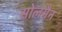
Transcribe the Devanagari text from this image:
सोलमैन